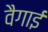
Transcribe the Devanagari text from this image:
वैगाई